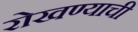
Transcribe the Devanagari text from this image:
रोखण्याची